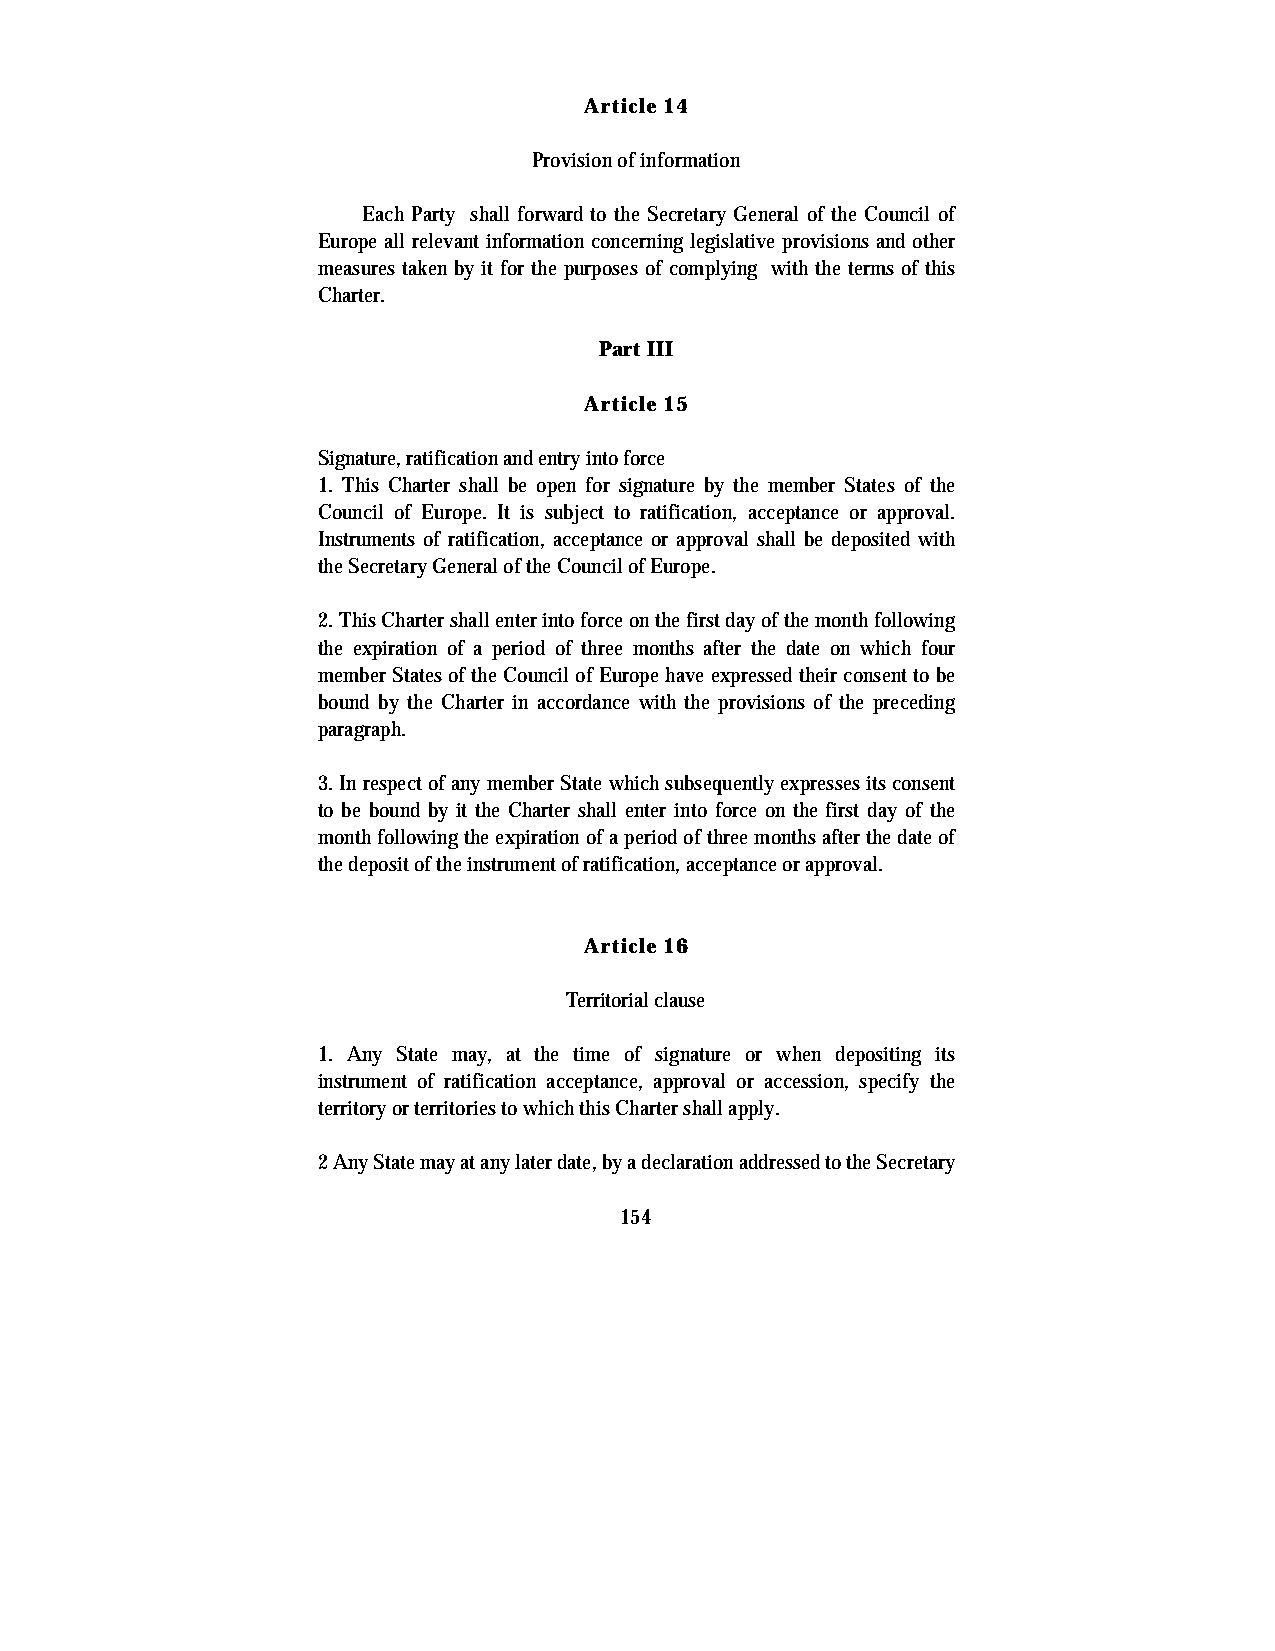
Article 14
 Provision of information
 Each Party shall forward to the Secretary General of the Council of
 Europe all relevant information concerning legislative provisions and other
 measures taken by it for the purposes of complying with the terms of this
 Charter.
 Part III
 Article 15
 Signature, ratification and entry into force
 1. This Charter shall be open for signature by the member States of the
 Council of Europe. It is subject to ratification, acceptance or approval.
 Instruments of ratification, acceptance or approval shall be deposited with
 the Secretary General of the Council of Europe.
 2. This Charter shall enter into force on the first day of the month following
 the expiration of a period of three months after the date on which four
 member States of the Council of Europe have expressed their consent to be
 bound by the Charter in accordance with the provisions of the preceding
 paragraph.
 3. In respect of any member State which subsequently expresses its consent
 to be bound by it the Charter shall enter into force on the first day of the
 month following the expiration of a period of three months after the date of
 the deposit of the instrument of ratification, acceptance or approval.
 Article 16
 Territorial clause
 1. Any State may, at the time of signature or when depositing its
 instrument of ratification acceptance, approval or accession, specify the
 territory or territories to which this Charter shall apply.
 2 Any State may at any later date, by a declaration addressed to the Secretary
 154